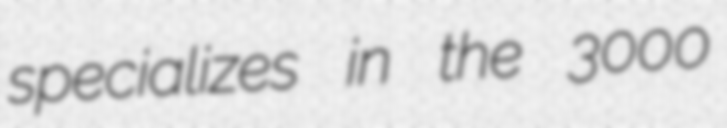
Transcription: specializes in the 3000